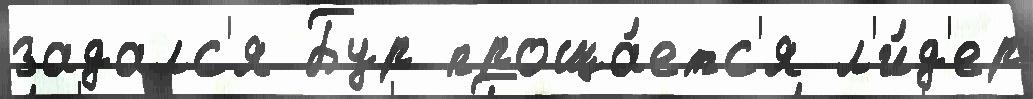
задалс'я Бур проща́етс'я л'и́д'ер